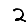
Digit: 2